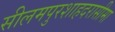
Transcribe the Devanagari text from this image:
सीलमपुरशाहदरासीमा